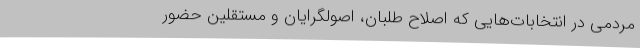
مردمی در انتخابات‌هایی که اصلاح طلبان، اصولگرایان و مستقلین حضور